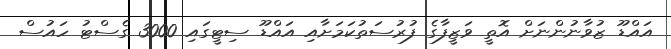
އައްޑޫ ޒުވާނުންނަށް އޮތީ ވަޒީފާގެ ފުރުސަތުކަމަށާއި އައްޑޫ ސިޓީގައި 3000 ގެސްޓު ހައުސް